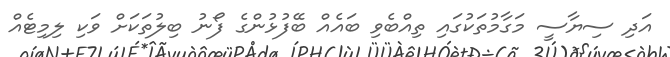
އަދި ސިޔާސީ މަގާމުތަކުގައި ތިއްބެވި ބައެއް ބޭފުޅުންގެ ފޯނު ބިލުތަކަށް ވަކި ލިމިޓެއް